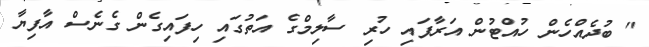
" ބުދެއްހެން ހުއްޓުން އަރާފައި ހުރި ސާލިމްގެ އަތުގައި ހިފައިގެން ގެނެސް އާފިޔާ